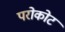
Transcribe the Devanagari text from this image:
परोकोट